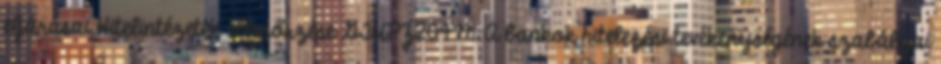
eljárásai Hitelintézetek ellenőrzése GTUPZ204M A bankok hitelezési tevékenységének szabályai